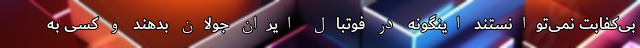
بی‌کفابت نمی‌توانستند اینگونه در فوتبال ایران جولان بدهند و کسی به